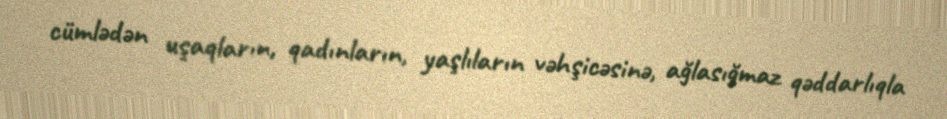
cümlədən uşaqların, qadınların, yaşlıların vəhşicəsinə, ağlasığmaz qəddarlıqla